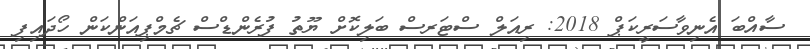
ސާއްބަ އެނިވާސަރީކަޕް 2018: ރިއަލް ސްޓަރސް ބަލިކޮށް ޔޫތު ފުރެންޑްސް ޗެމްޕިއަންކަން ހޯދައިފި